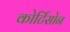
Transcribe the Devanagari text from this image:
कोर्टिसोन